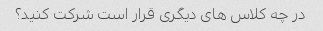
در چه کلاس های دیگری قرار است شرکت کنید؟